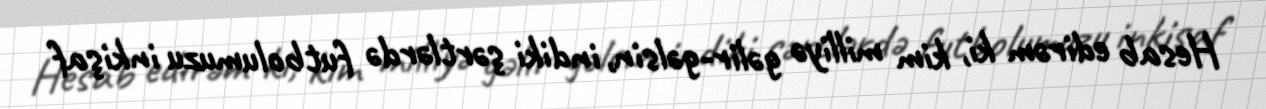
Hesab edirəm ki, kim milliyə gəlir-gəlsin, indiki şərtlərdə futbolumuzu inkişaf